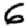
Digit: 6